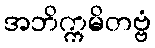
အဘိက္ကမိတဗ္ဗံ